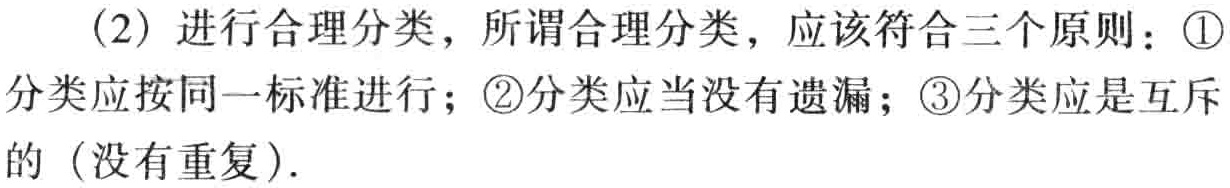
(2) 进行合理分类，所谓合理分类，应该符合三个原则：\textcircled{1}分类应按同一标准进行；\textcircled{2}分类应当没有遗漏；\textcircled{3}分类应是互斥的（没有重复）.